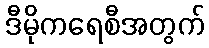
ဒီမိုကရေစီအတွက်